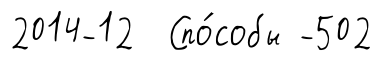
2014-12 Спо́собы -502